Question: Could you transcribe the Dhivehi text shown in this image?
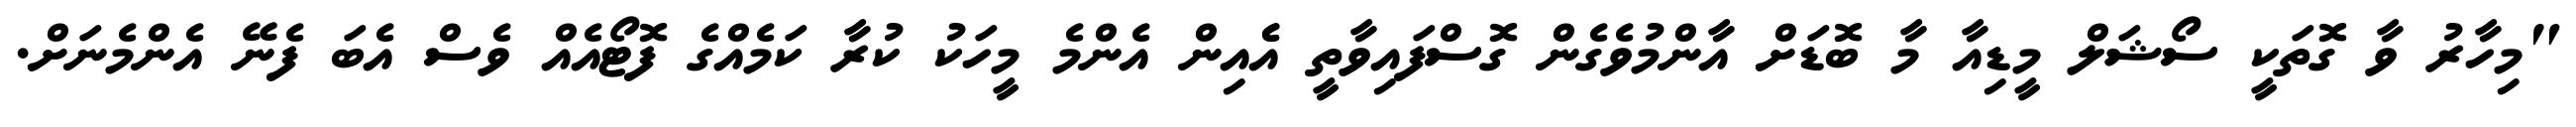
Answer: "މިހާރު ވާ ގޮތަކީ ސޯޝަލް މީޑިއާ މާ ބޮޑަށް އާންމުވެގެން ގޮސްފައިވާތީ އެެއިން އެންމެ މީހަކު ކުރާ ކަމެއްގެ ފޮޓޯއެއް ވެސް އެބަ ފެނޭ އެންމެނަށް.